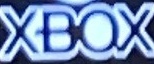
XBOX